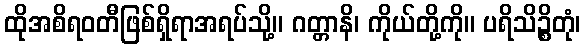
ထိုအစိရဝတီဖြစ်ရှိရာအရပ်သို့။ ဂတ္တာနိ၊ ကိုယ်တို့ကို။ ပရိသိဉ္စိတုံ၊